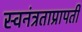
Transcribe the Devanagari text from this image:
स्वनंत्रताप्रापती